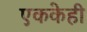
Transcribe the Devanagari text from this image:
एककेही